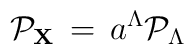
{\cal P}_{\bf X}\, = \, a^\Lambda {\cal P}_\Lambda